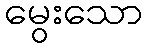
မွေးသော